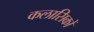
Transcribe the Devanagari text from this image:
कलासिकों